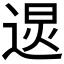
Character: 𰻂